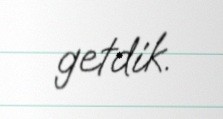
getdik.